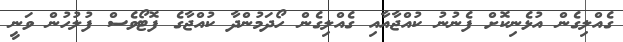
ގެއްލިގެން އުޅެނިކޮށް ފެނުނު ކުއްޖާއާއި ގެއްލިގެން ހޯދަމުންދާ ކުއްޖާގެ ފޮޓޯވެސް ފުލުހުން ވަނީ